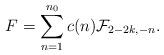
LaTeX: \begin{align*}F=\sum_{n=1}^{n_0} c(n) \mathcal{F}_{2-2k,-n}.\end{align*}